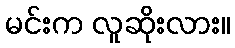
မင်းက လူဆိုးလား။